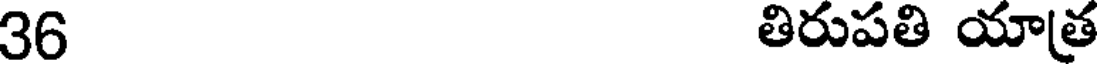
36 తిరుపతి యాత్ర